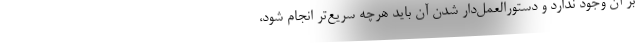
بر آن وجود ندارد و دستورالعمل‌دار شدن آن باید هرچه سریع‌تر انجام شود،